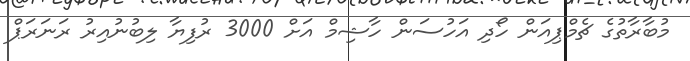
މުބާރާތުގެ ޗެމްޕިއަން ހޯދި އަހުސަން ހާޝިމް އަށް 3000 ރުފިޔާ ލިބުނުއިރު ރަނަރަޕް